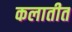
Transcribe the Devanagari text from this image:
कलातीत